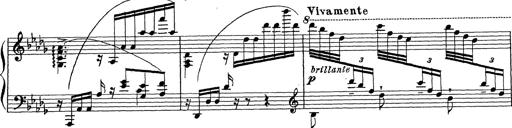
Title: Ballade No.1
Composer: Richard St. Clair